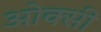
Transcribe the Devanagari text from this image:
ओक्सी